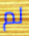
لم